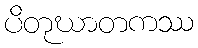
ပိတုဃာတကဿ